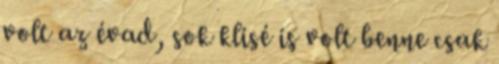
volt az évad, sok klisé is volt benne csak